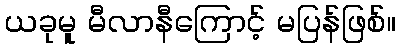
ယခုမူ မီလာနီကြောင့် မပြန်ဖြစ်။